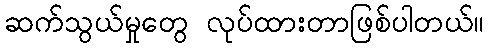
ဆက်သွယ်မှုတွေ လုပ်ထားတာဖြစ်ပါတယ်။